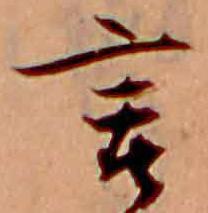
言